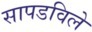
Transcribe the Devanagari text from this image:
सापडविले